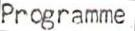
Programme